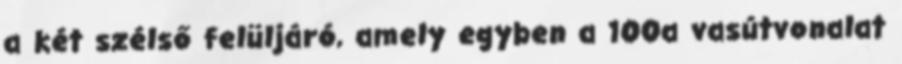
a két szélső felüljáró, amely egyben a 100a vasútvonalat